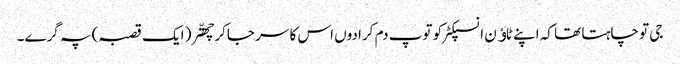
جی تو چاہتا تھا کہ اپنے ٹاﺅن انسپکٹر کو توپ دم کرا دوں اس کا سر جاکر چھتّر( ایک قصبہ) پہ گرے۔